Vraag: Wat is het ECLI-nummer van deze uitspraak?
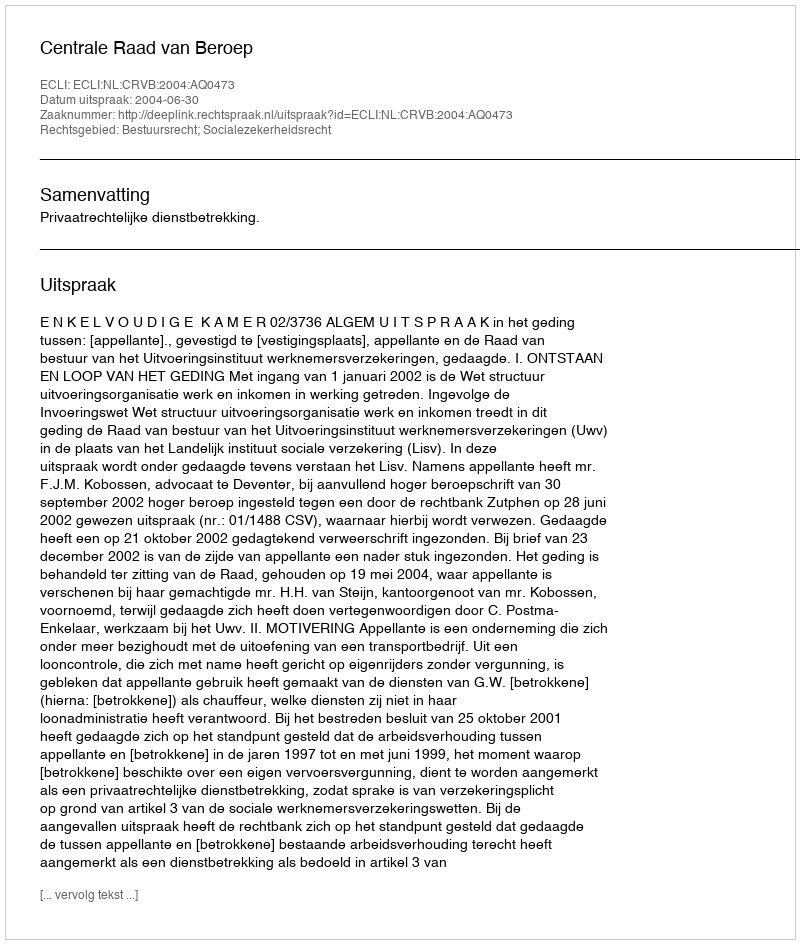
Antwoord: ECLI:NL:CRVB:2004:AQ0473